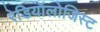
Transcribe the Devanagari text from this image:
रेडियॉलोजिस्ट